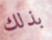
بذلك